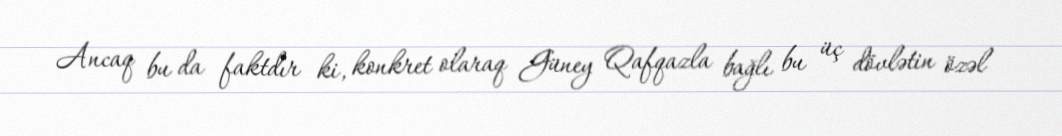
Ancaq bu da faktdır ki, konkret olaraq Güney Qafqazla bağlı bu üç dövlətin özəl